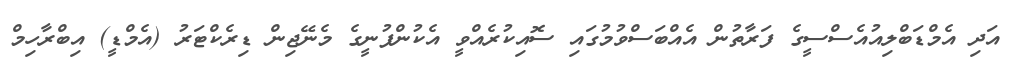
އަދި އެމްޑަބްލިއުއެސްސީގެ ފަރާތުން އެއްބަސްވުމުގައި ސޮއިކުރެއްވީ އެކުންފުނީގެ މެނޭޖިން ޑިރެކްޓަރު (އެމްޑީ) އިބްރާހިމް